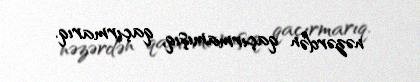
nəzərdən qaçırmamışıq, qaçırmarıq.